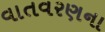
વાતવરણના